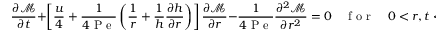
\frac { \partial \mathcal { M } } { \partial t } + \left[ \frac { u } { 4 } + \frac { 1 } { 4 \mathrm { ~ P ~ e ~ } } \left( \frac { 1 } { r } + \frac { 1 } { h } \frac { \partial h } { \partial r } \right) \right] \frac { \partial \mathcal { M } } { \partial r } - \frac { 1 } { 4 \mathrm { ~ P ~ e ~ } } \frac { \partial ^ { 2 } \mathcal { M } } { \partial r ^ { 2 } } = 0 \quad \mathrm { ~ f ~ o ~ r ~ } \quad 0 < r , t < 1 .